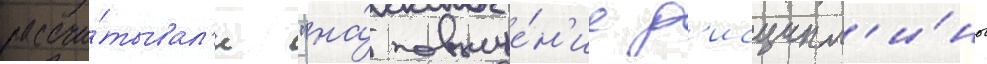
рассчи́тывал'и "на́ повыше́н'ие д'исципл'и́ны